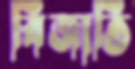
বিজাতি